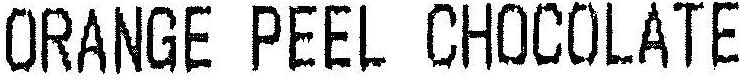
ORANGE PEEL CHOCOLATE